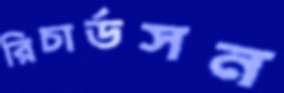
রিচার্ডসন